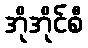
အိုအိုင်စီ